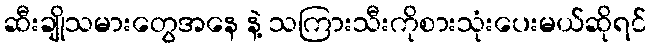
ဆီးချိုသမားတွေအနေ နဲ့ သကြားသီးကိုစားသုံးပေးမယ်ဆိုရင်